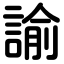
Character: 諭